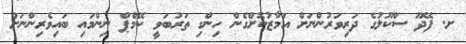
ށ. ފޭދޫ ސްކޫލުގެ ދަރިވަރުންނަށް އަމާޒުކޮށްގެން ހިންގި ތަރުބަވީ ކޭމްޕް ނިންމައި ބައިވެރިންނަށް